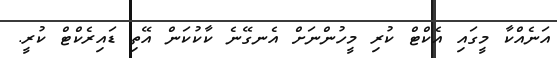
އަނެއްކާ މީގައި އެކްޓް ކުރި މީހުންނަށް އެނގޭނެ ކާކުކަން އޭތި ޑައިރެކްޓް ކުރީ.